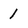
Character: 1